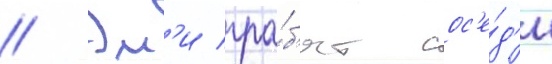
// Эм'и гра́б'ят сос'е́д'и